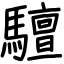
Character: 驙